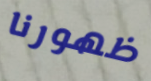
ظهورنا